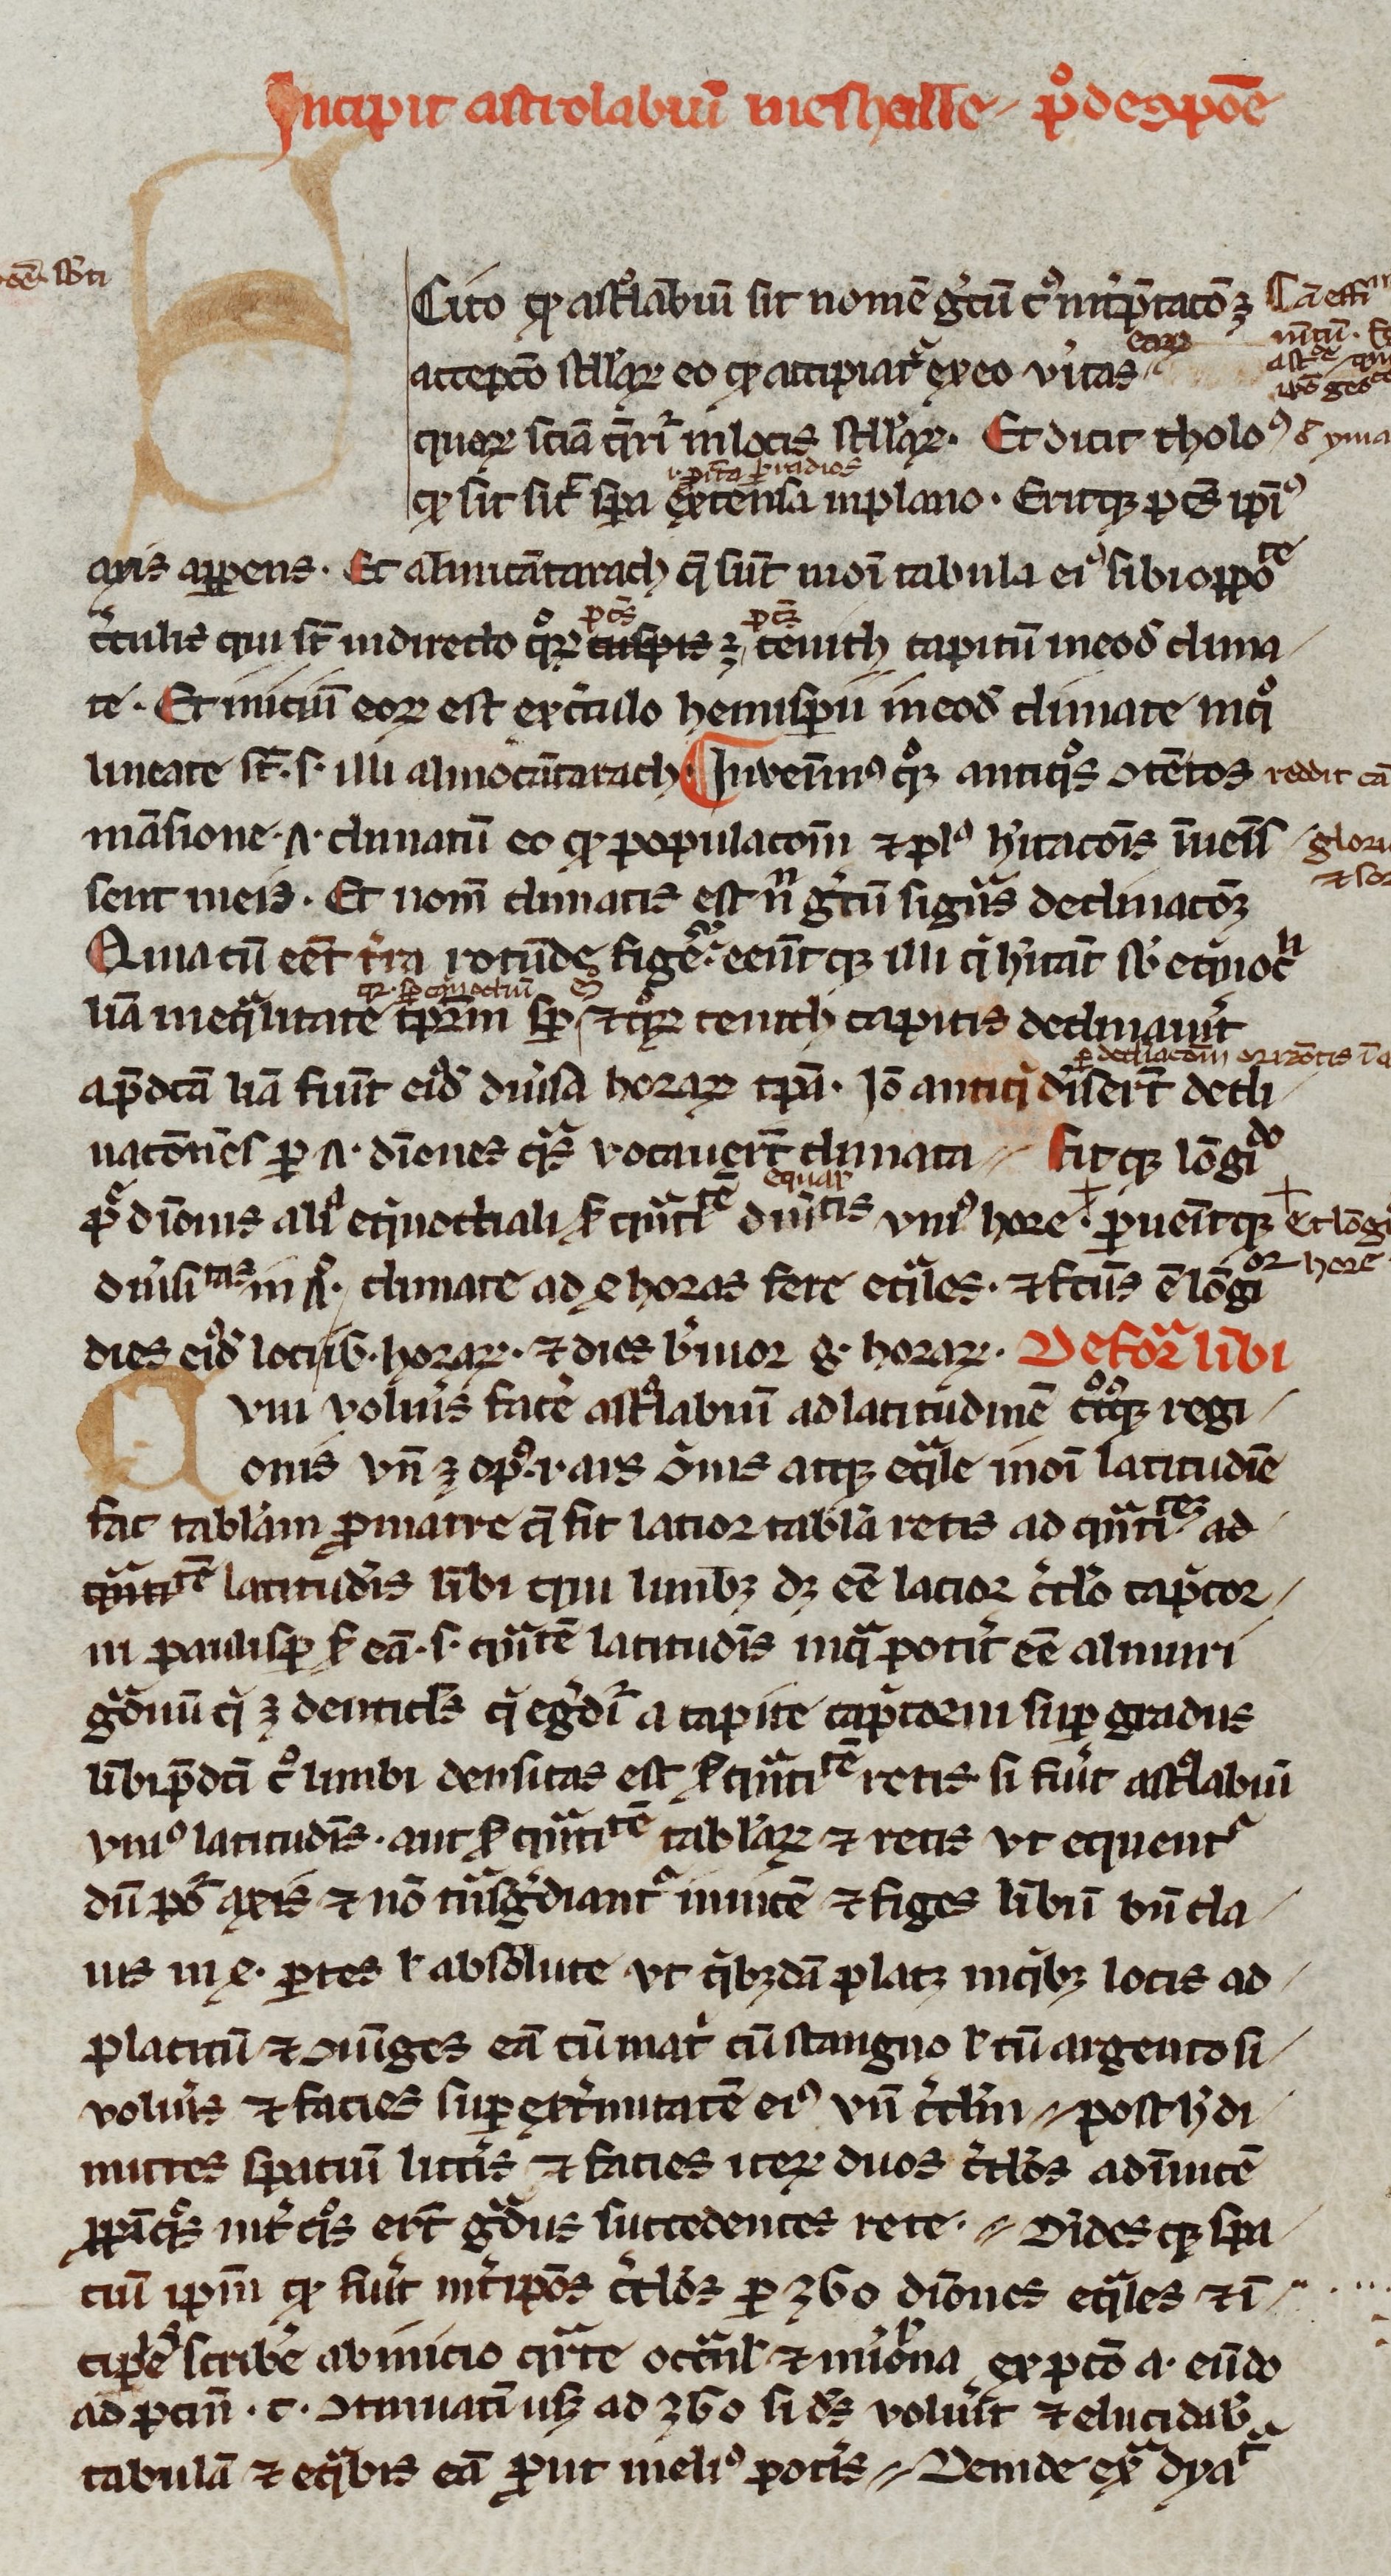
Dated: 1200–1399